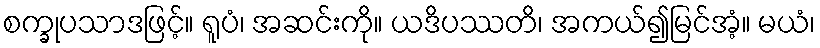
စက္ခုပသာဒဖြင့်။ ရူပံ၊ အဆင်းကို။ ယဒိပဿတိ၊ အကယ်၍မြင်အံ့။ မယံ၊